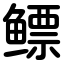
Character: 鳔